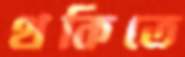
থকিতে